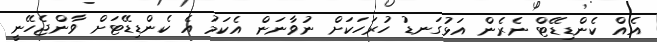
އެއް ކެންޑިޑޭޓް ނެރެން އަޅުގަނޑު ހުރަހަކަށް ނުވާނަން އެކަމު އެ ކެންޑިޑޭޓަށް ވާންޖެހޭނީ